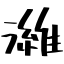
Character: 濰